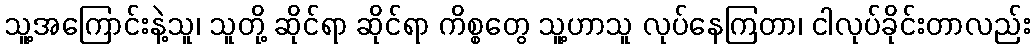
သူ့အကြောင်းနဲ့သူ၊ သူတို့ ဆိုင်ရာ ဆိုင်ရာ ကိစ္စတွေ သူ့ဟာသူ လုပ်နေကြတာ၊ ငါလုပ်ခိုင်းတာလည်း